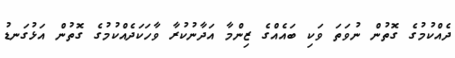
ދެއްކުމުގެ ގޮތުން ނުވަތަ ވަކި ބައެއްގެ ޒިންމާ އަދާނުކުރާ ވާހަކަދެއްކުމުގެ ގޮތުން އަޅުގަނޑު